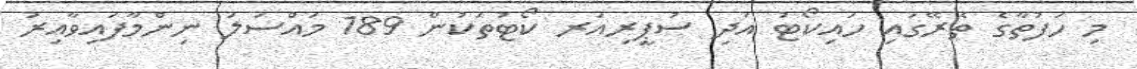
މި ހަފުތާގެ ތެރޭގައި ހައިކޯޓު އަދި ސުޕީރިއަރ ކޯޓުތަކުން 189 މައްސަލަ ނިންމާފައިވާއިރު